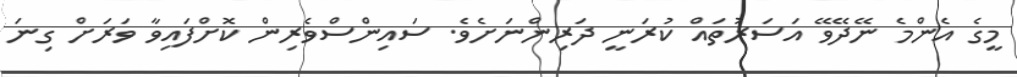
މީގެ އެންމެ ނޭދޭވޭ އަސަރުތައް ކުރަނީ ދަރިންނަށެވެ. ސައިންސްވެރިން ކޮށްފައިވާ ވަރަށް ގިނަ